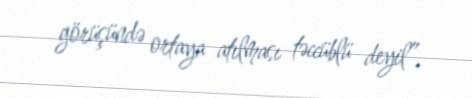
görüşündə ortaya atılması təccüblü deyil”.